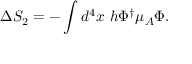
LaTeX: \Delta S _ { 2 } = - \int d ^ { 4 } x ~ h \Phi ^ { \dagger } \mu _ { A } \Phi .